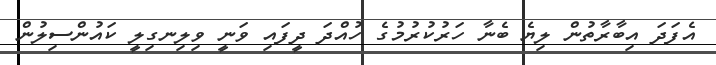
އެފަދަ އިބާރާތުން ލިޔެ ބެނާ ހަރުކުރުމުގެ ހުއްދަ ދީފައި ވަނީ ވިލިނގިލީ ކައުންސިލުން